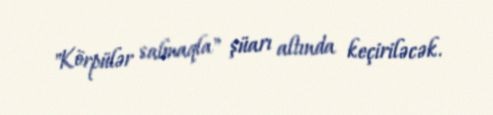
"Körpülər salmaqla" şüarı altında keçiriləcək.